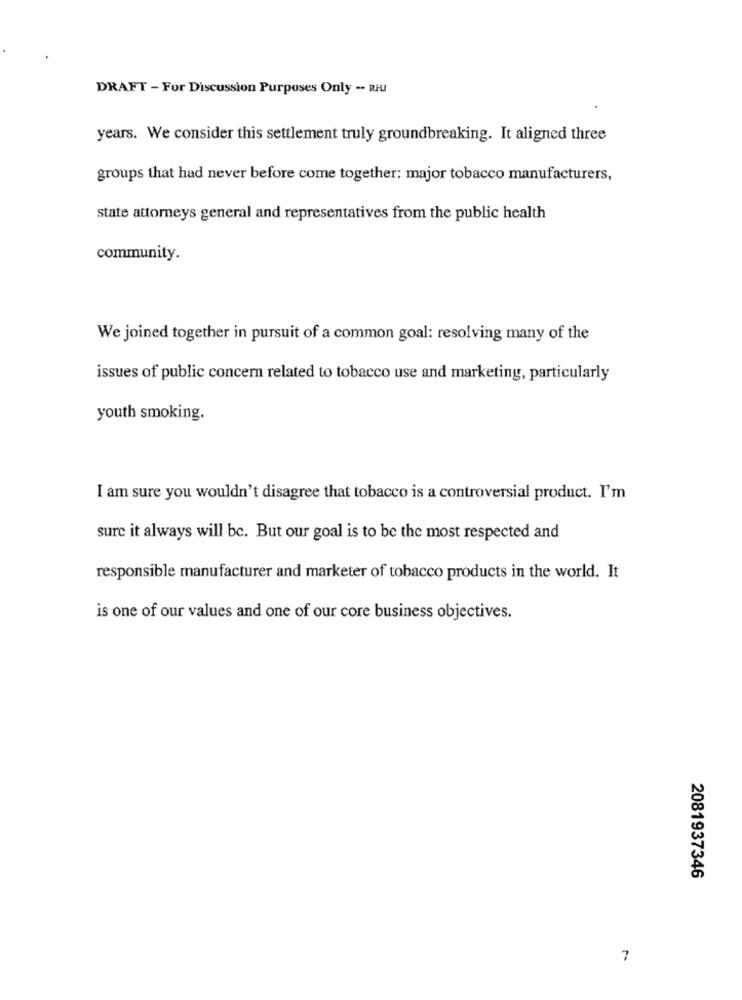
DRAFT - For Discussion Purposes Only -- RHJ
years. We consider this settlement truly groundbreaking. It aligned three
groups that had never before come together: major tobacco manufacturers,
state attorneys general and representatives from the public health
community.
We joined together in pursuit of a common goal: resolving many of the
issues of public concern related to tobacco use and marketing, particularly
youth smoking.
I am sure you wouldn't disagree that tobacco is a controversial product. I'm
sure it always will bc. But our goal is to be the most respected and
responsible manufacturer and marketer of tobacco products in the world. It
is one of our values and one of our core business objectives.
2081937346
7